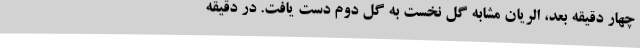
چهار دقیقه بعد، الریان مشابه گل نخست به گل دوم دست یافت. در دقیقه